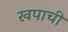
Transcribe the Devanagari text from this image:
खपाची